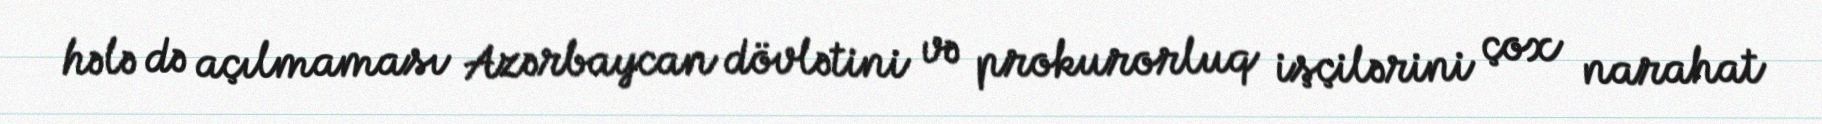
hələ də açılmaması Azərbaycan dövlətini və prokurorluq işçilərini çox narahat